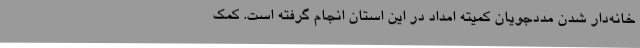
خانه‌دار شدن مددجویان کمیته امداد در این استان انجام گرفته است. کمک